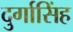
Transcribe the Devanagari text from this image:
दुर्गासिंह